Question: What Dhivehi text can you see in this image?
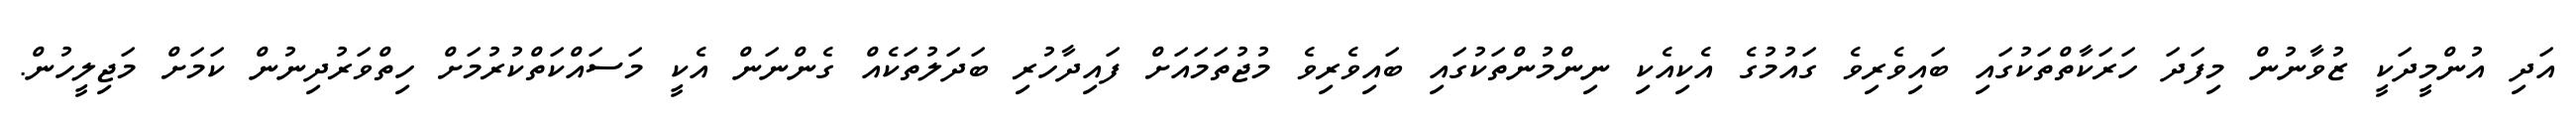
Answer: އަދި އުންމީދަކީ ޒުވާނުން މިފަދަ ހަރަކާތްތަކުގައި ބައިވެރިވެ ގައުމުގެ އެކިއެކި ނިންމުންތަކުގައި ބައިވެރިވެ މުޖުތަމައަށް ފައިދާހުރި ބަދަލުތަކެއް ގެންނަން އެކީ މަސައްކަތްކުރުމަށް ހިތްވަރުދިނުން ކަމަށް މަޖިލީހުން.